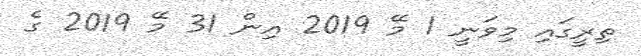
ތިރީގައި މިވަނީ 1 މޭ 2019 އިން 31 މޭ 2019 ގެ